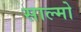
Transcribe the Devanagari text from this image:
साल्मो